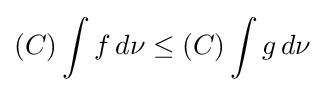
(C)\int f\,d\nu \leq (C)\int g\,d\nu